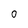
Character: o